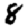
Digit: 8